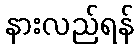
နားလည်ရန်